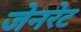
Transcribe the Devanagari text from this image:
जेनरेट